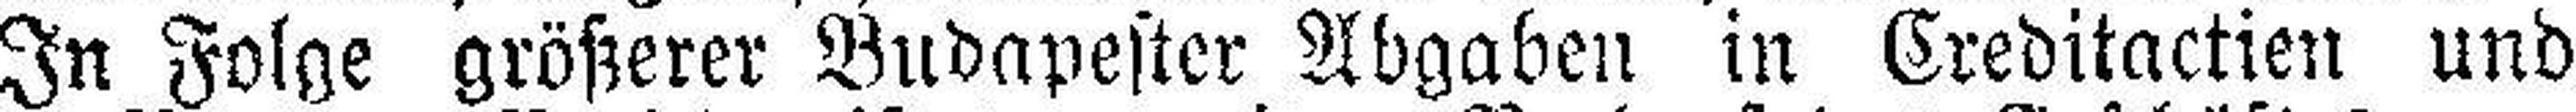
In Folge größerer Budapester Abgaben in Creditactien und